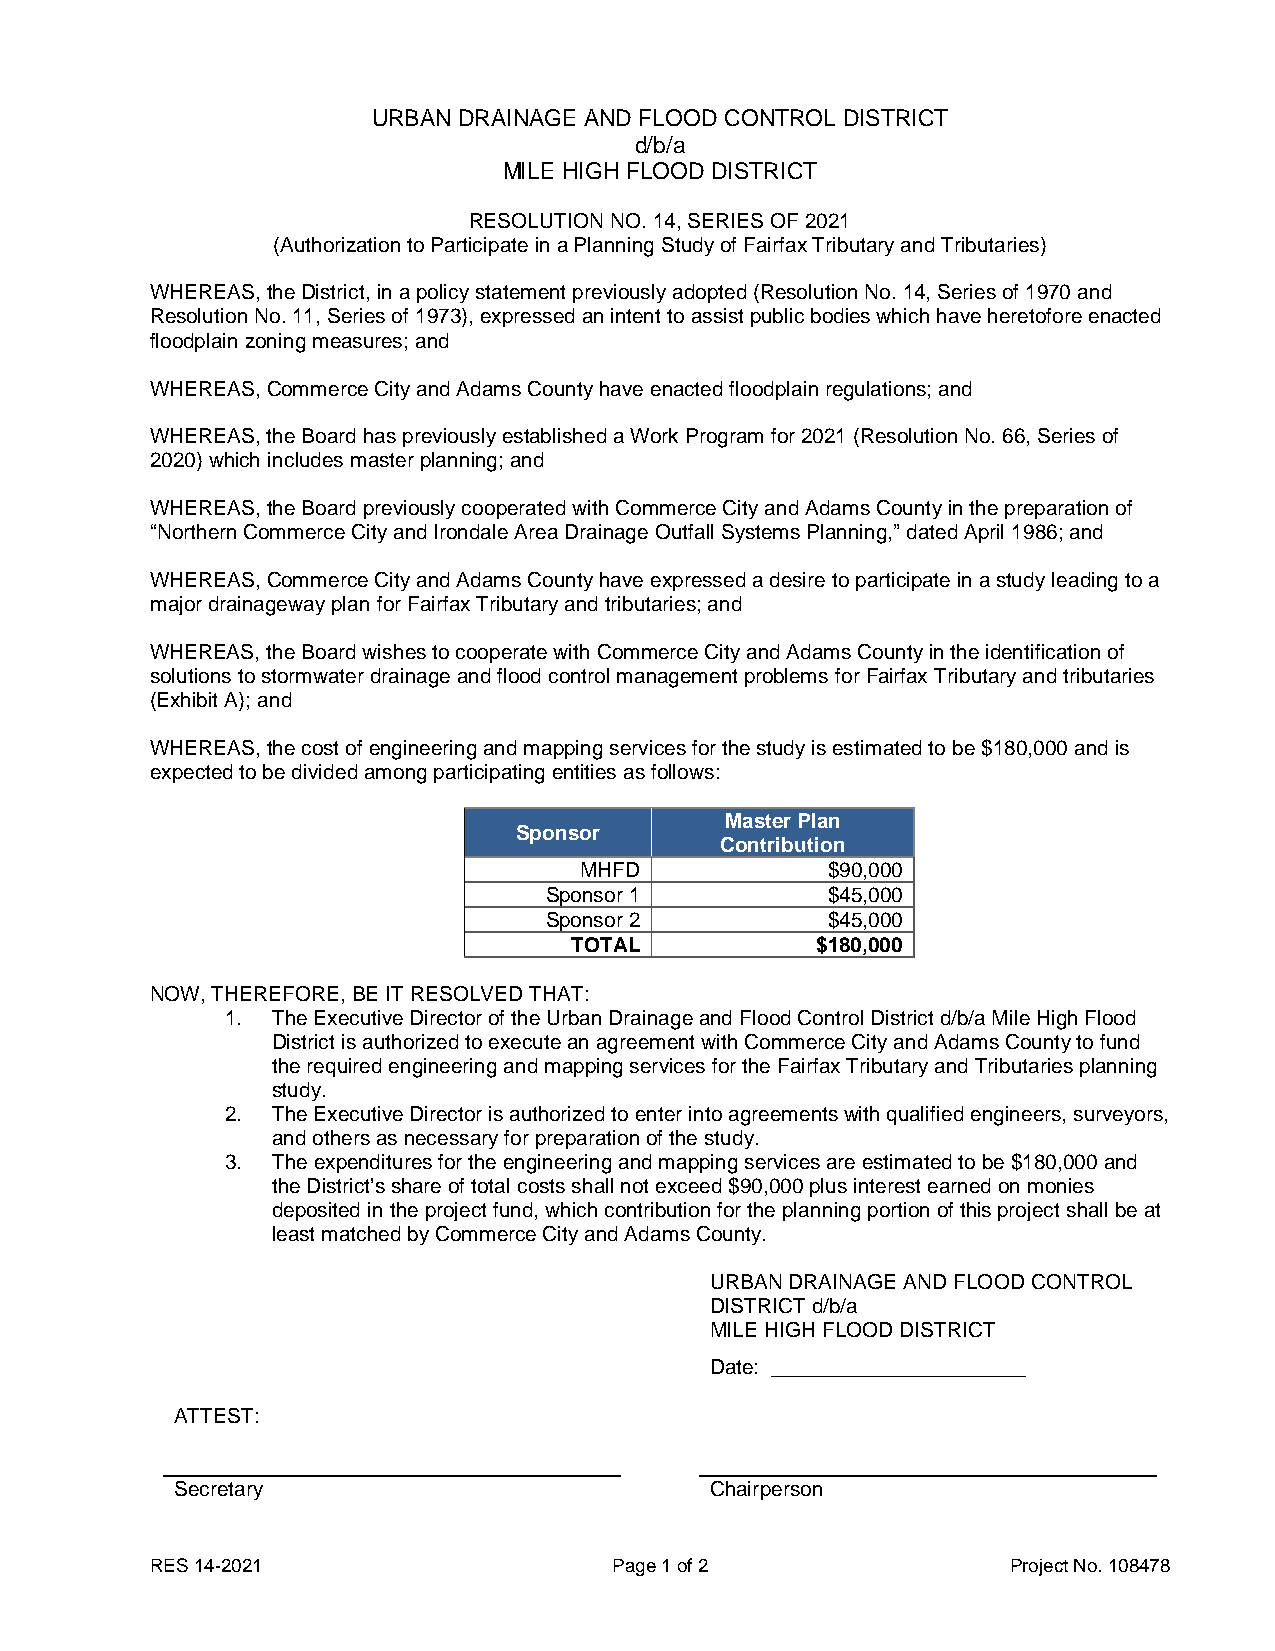
URBAN DRAINAGE AND FLOOD CONTROL DISTRICT
 d/b/a
 MILE HIGH FLOOD DISTRICT
 RESOLUTION NO. 14, SERIES OF 2021
 (Authorization to Participate in a Planning Study of Fairfax Tributary and Tributaries)
 WHEREAS, the District, in a policy statement previously adopted (Resolution No. 14, Series of 1970 and
 Resolution No. 11, Series of 1973), expressed an intent to assist public bodies which have heretofore enacted
 floodplain zoning measures; and
 WHEREAS, Commerce City and Adams County have enacted floodplain regulations; and
 WHEREAS, the Board has previously established a Work Program for 2021 (Resolution No. 66, Series of
 2020) which includes master planning; and
 WHEREAS, the Board previously cooperated with Commerce City and Adams County in the preparation of
 “Northern Commerce City and Irondale Area Drainage Outfall Systems Planning,” dated April 1986; and
 WHEREAS, Commerce City and Adams County have expressed a desire to participate in a study leading to a
 major drainageway plan for Fairfax Tributary and tributaries; and
 WHEREAS, the Board wishes to cooperate with Commerce City and Adams County in the identification of
 solutions to stormwater drainage and flood control management problems for Fairfax Tributary and tributaries
 (Exhibit A); and
 WHEREAS, the cost of engineering and mapping services for the study is estimated to be $180,000 and is
 expected to be divided among participating entities as follows:
 Master Plan
 Sponsor
 Contribution
 MHFD             $90,000
 Sponsor 1          $45,000
 Sponsor 2          $45,000
 TOTAL           $180,000
 NOW, THEREFORE, BE IT RESOLVED THAT:
 1. The Executive Director of the Urban Drainage and Flood Control District d/b/a Mile High Flood
 District is authorized to execute an agreement with Commerce City and Adams County to fund
 the required engineering and mapping services for the Fairfax Tributary and Tributaries planning
 study.
 2. The Executive Director is authorized to enter into agreements with qualified engineers, surveyors,
 and others as necessary for preparation of the study.
 3. The expenditures for the engineering and mapping services are estimated to be $180,000 and
 the District’s share of total costs shall not exceed $90,000 plus interest earned on monies
 deposited in the project fund, which contribution for the planning portion of this project shall be at
 least matched by Commerce City and Adams County.
 URBAN DRAINAGE AND FLOOD CONTROL
 DISTRICT d/b/a
 MILE HIGH FLOOD DISTRICT
 Date: ______________________
 ATTEST:
 Secretary                          Chairperson
 RES 14-2021                    Page 1 of 2               Project No. 108478